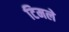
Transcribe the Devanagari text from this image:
टिमले